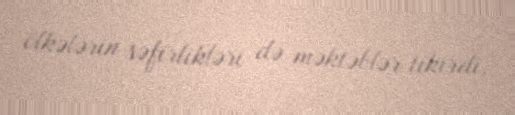
ölkələrin səfirlikləri də məktəblər tikirdi.